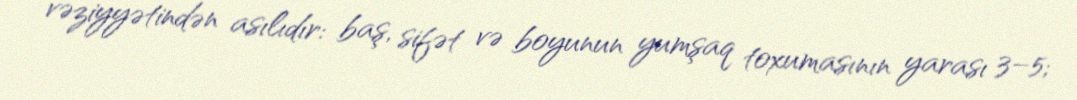
vəziyyətindən asılıdır: baş, sifət və boyunun yumşaq toxumasının yarası 3–5;